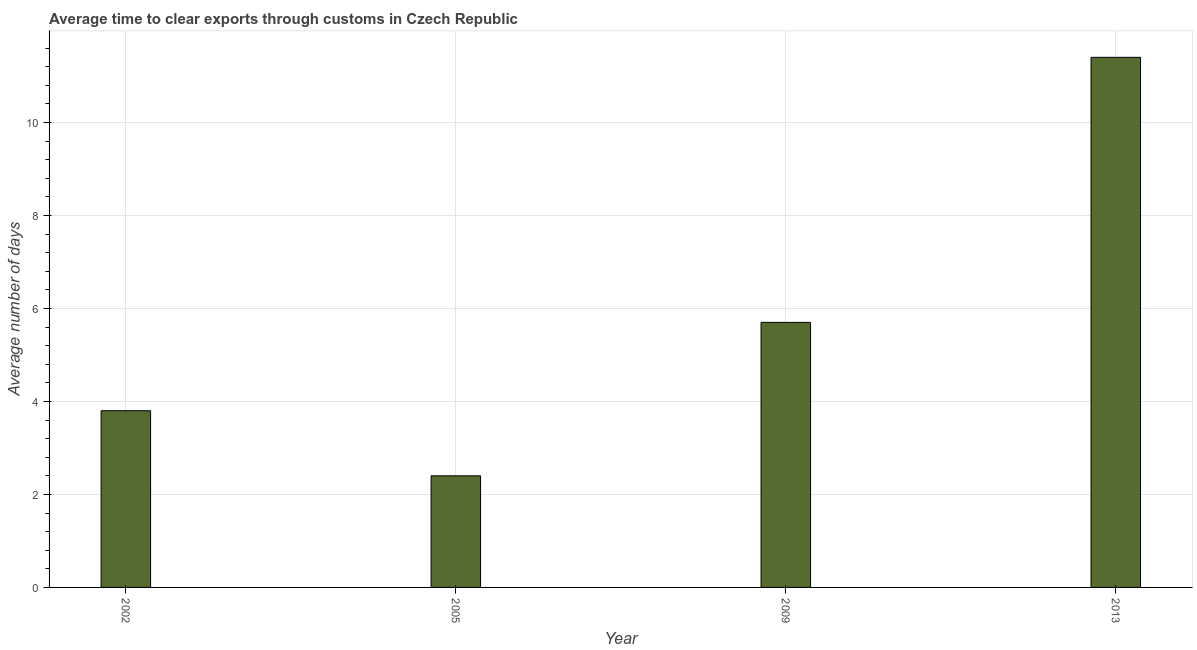
| Year | Time to clear exports through customs |
 | --- | --- |
 | 2002 | 3.8 |
 | 2005 | 2.4 |
 | 2009 | 5.7 |
 | 2013 | 11.4 |